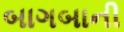
બાગબાની